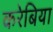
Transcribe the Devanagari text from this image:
करेबिया